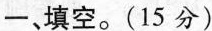
一、填空。(15分)